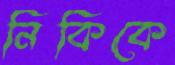
নিকিকে